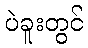
ပဲခူးတွင်